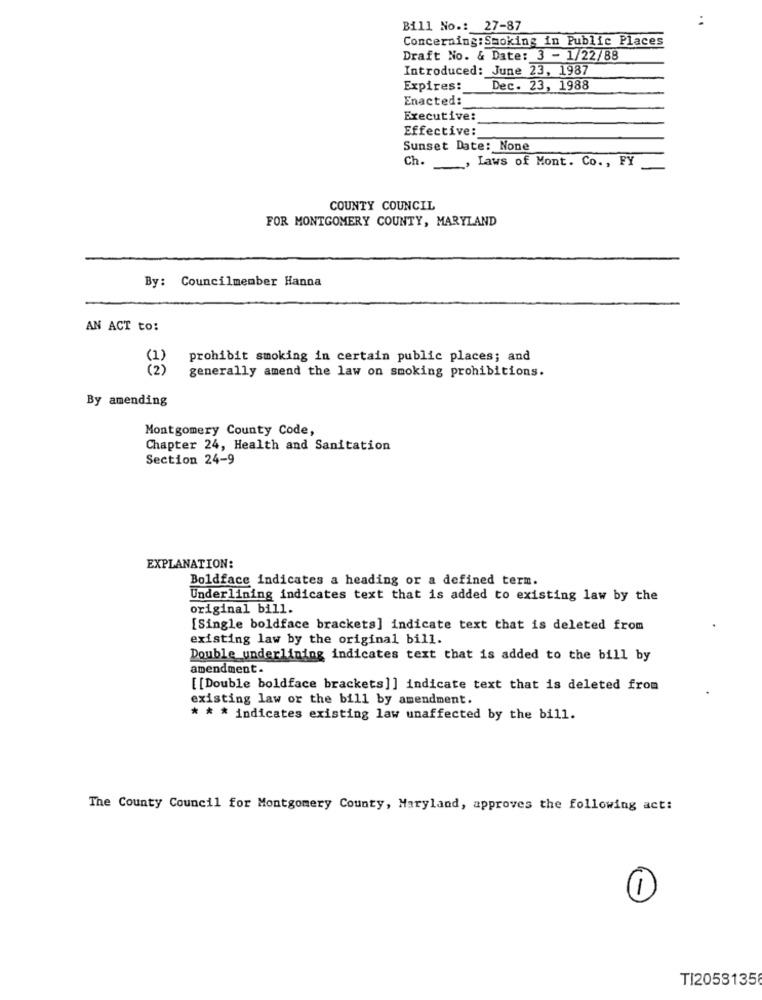
Bill No .: 27-87
Concerning:Smoking in Public Places
Draft No. & Date: 3 - 1/22/88
Introduced: June 23, 1987
Expires:
Dec. 23, 1988
Enacted:
Executive:
Effective:
Sunset Date: None
Ch ._, Laws of Mont. Co. , FY
COUNTY COUNCIL
FOR MONTGOMERY COUNTY, MARYLAND
By: Councilmember Hanna
AN ACT to:
prohibit smoking in certain public places; and
generally amend the law on smoking prohibitions.
By amending
Montgomery County Code,
Chapter 24, Health and Sanitation
Section 24-9
EXPLANATION:
Boldface indicates a heading or a defined term.
Underlining indicates text that is added to existing law by the
original bill.
[Single boldface brackets] indicate text that is deleted from
existing law by the original bill.
Double underlining indicates text that is added to the bill by
amendment.
[[Double boldface brackets]] indicate text that is deleted from
existing law or the bill by amendment.
* * * indicates existing law unaffected by the bill.
The County Council for Montgomery County, Maryland, approves the following act:
1
TI2053135